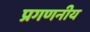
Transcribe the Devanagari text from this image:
प्रगणनीय